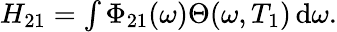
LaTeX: \begin{array}{r}{H_{21}=\int\Phi_{21}(\omega)\Theta(\omega,T_{1})\, \mathrm{d}\omega.}\end{array}